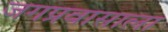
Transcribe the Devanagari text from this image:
जगप्रवासाला